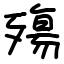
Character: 殤